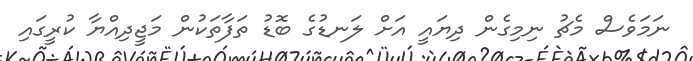
ނަމަވެސް މެޗު ނިމިގެން ދިޔައީ އަށް ލަނޑުގެ ބޮޑު ތަފާތަކުން މަޖީދިއްޔާ ކުރީގައި